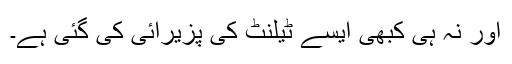
اور نہ ہی کبھی ایسے ٹیلنٹ کی پزیرائی کی گئی ہے۔